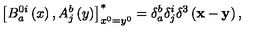
\left[ B _ { a } ^ { 0 i } \left( x \right) , A _ { j } ^ { b } \left( y \right) \right] _ { x ^ { 0 } = y ^ { 0 } } ^ { * } = \delta _ { a } ^ { b } \delta _ { j } ^ { i } \delta ^ { 3 } \left( { \bf x } - { \bf y } \right) ,